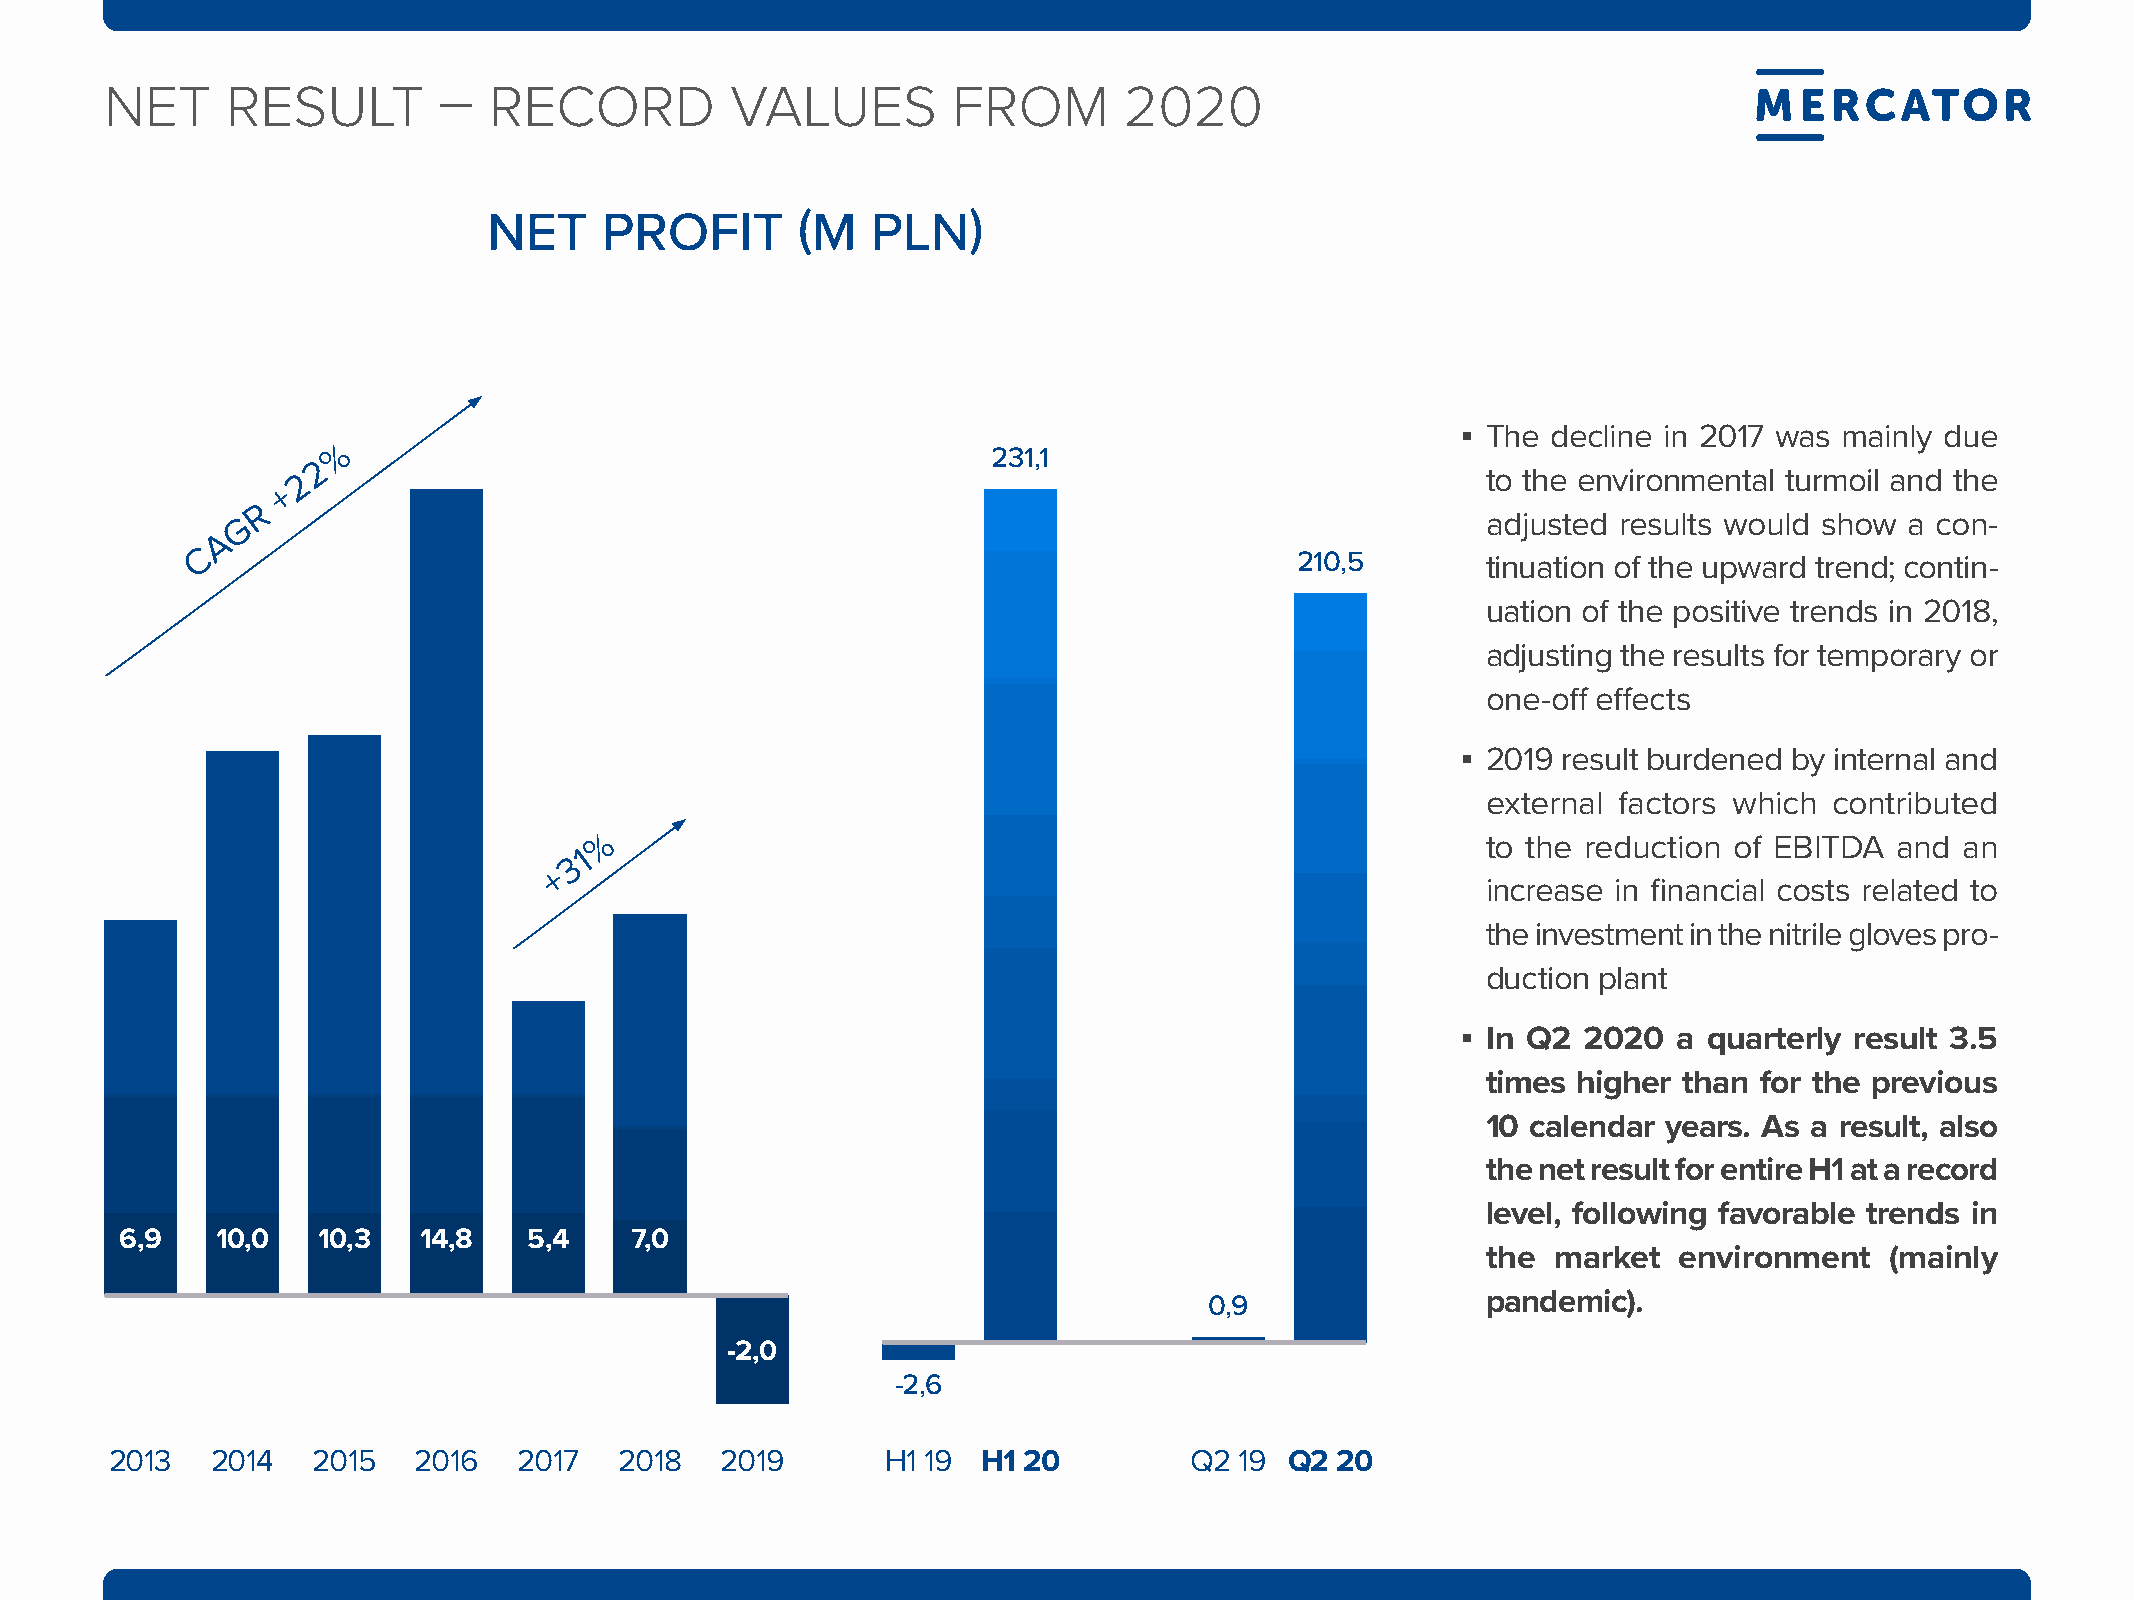
NEt     rEsult        –  rECOrd          ValuEs         frOm       2020
 neT     ProfiT       (m   Pln)
 ▪ The decline in 2017 was mainly due
 %
 231,1
 2
 2                                                                             to the environmental turmoil and the
 +
 R
 G                                                                                 adjusted results would show a con-
 A
 C
 210,5       tinuation of the upward trend; contin-
 uation of the positive trends in 2018,
 adjusting the results for temporary or
 one-off effects
 ▪ 2019 result burdened by internal and
 external factors which contributed
 %                                                         to the reduction of EBITDA and  an
 1
 3
 +
 increase in financial costs related to
 the investment in the nitrile gloves pro-
 duction plant
 ▪ In q2 2020  a quarterly result 3.5
 times higher than  for the previous
 10 calendar years. As a result, also
 the net result for entire H1 at a record
 level, following favorable trends in
 6,9   10,0   10,3   14,8   5,4    7,0
 the  market  environment   (mainly
 0,9               pandemic).
 -2,0
 -2,6
 2013   2014   2015  2016   2017   2018   2019       H1 19 H1 20         Q2 19 q2 20